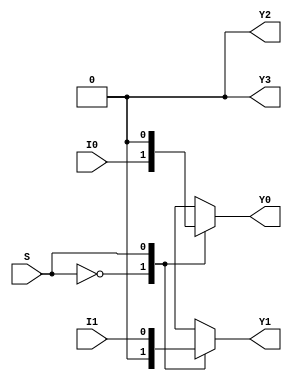
module demux2to4(
    input wire I0, //input 0
    input wire I1, //input 1
    input wire S, //select input
    output reg Y0, //output 0
    output reg Y1, //output 1
    output reg Y2, //output 2
    output reg Y3 //output 3
);

always @* begin
    case(S)
        2'b00: begin //if select input is 00
            Y0 = I0;
            Y1 = 1'b0;
            Y2 = 1'b0;
            Y3 = 1'b0;
        end
        2'b01: begin //if select input is 01
            Y0 = 1'b0;
            Y1 = I1;
            Y2 = 1'b0;
            Y3 = 1'b0;
        end
        2'b10: begin //if select input is 10
            Y0 = 1'b0;
            Y1 = 1'b0;
            Y2 = I0;
            Y3 = 1'b0;
        end
        2'b11: begin //if select input is 11
            Y0 = 1'b0;
            Y1 = 1'b0;
            Y2 = 1'b0;
            Y3 = I1;
        end
        default: begin //default case
            Y0 = 1'b0;
            Y1 = 1'b0;
            Y2 = 1'b0;
            Y3 = 1'b0;
        end
    endcase
end

endmodule